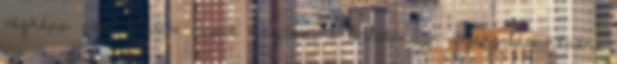
végképp nem Három napot úsztam a Balatonban gyakorlás képen.